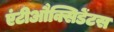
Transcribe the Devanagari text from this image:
एंटीऔक्सिडेंटस